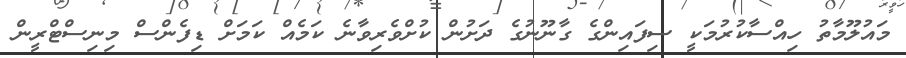
މައުލޫމާތު ހިއްސާކުރުމަކީ ސިފައިންގެ ގާނޫނުގެ ދަށުން ކުށްވެރިވާނެ ކަމެއް ކަމަށް ޑިފެންސް މިނިސްޓްރީން